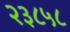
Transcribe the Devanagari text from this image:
२३८५८